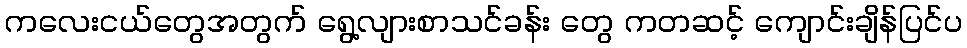
ကလေးငယ်တွေအတွက် ရွေ့လျားစာသင်ခန်း တွေ ကတဆင့် ကျောင်းချိန်ပြင်ပ